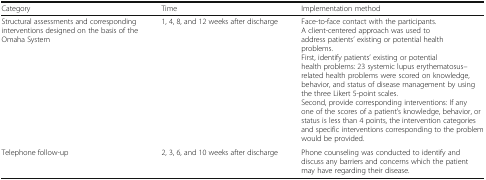
<table><thead><tr><td><b>Category</b></td><td><b>Time</b></td><td><b>Implementation method</b></td></tr></thead><tbody><tr><td>Structural assessments and corresponding interventions designed on the basis of the Omaha System</td><td>1, 4, 8, and 12 weeks after discharge</td><td>Face-to-face contact with the participants. A client-centered approach was used to address patients’ existing or potential health problems.First, identify patients’ existing or potential health problems: 23 systemic lupus erythematosus–related health problems were scored on knowledge, behavior, and status of disease management by using the three Likert 5-point scales.Second, provide corresponding interventions: If any one of the scores of a patient’s knowledge, behavior, or status is less than 4 points, the intervention categories and specific interventions corresponding to the problem would be provided.</td></tr><tr><td>Telephone follow-up</td><td>2, 3, 6, and 10 weeks after discharge</td><td>Phone counseling was conducted to identify and discuss any barriers and concerns which the patient may have regarding their disease.</td></tr></tbody></table>